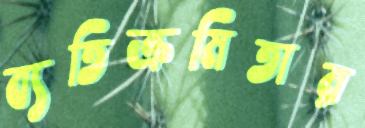
ব্যতিক্রমিতার